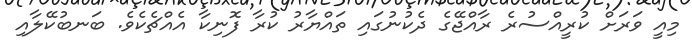
މިއީ ވަރަށް ކުރީއްސުރެ ރާއްޖޭގެ ދެކުނުގައި ތައްޔާރު ކުރާ ފޮނިކާ އެއްޗެކެވެ. ބަނބުކޭލާއި